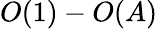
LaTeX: O(1)-O(A)